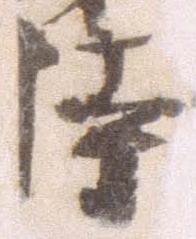
持